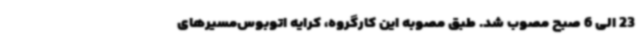
23 الی 6 صبح مصوب شد. طبق مصوبه این کارگروه، کرایه اتوبوس‌مسیرهای